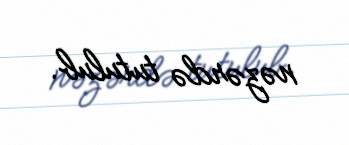
nəzərdə tutulub.